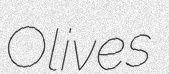
Olives